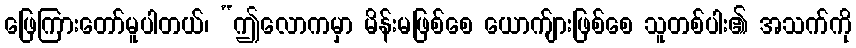
ဖြေကြားတော်မူပါတယ်၊ “ဤလောကမှာ မိန်းမဖြစ်စေ ယောက်ျားဖြစ်စေ သူတစ်ပါး၏ အသက်ကို